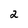
Character: 2